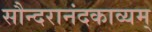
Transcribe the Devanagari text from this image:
सौन्दरानंदकाव्यम्